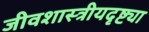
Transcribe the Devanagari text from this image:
जीवशास्त्रीयदृष्ट्या